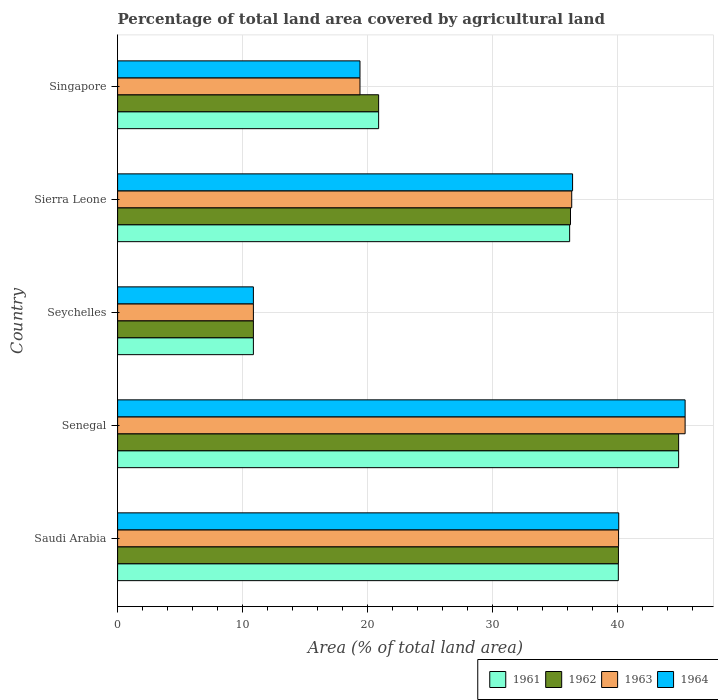
| Country | 1961 | 1962 | 1963 | 1964 |
 | --- | --- | --- | --- | --- |
 | Saudi Arabia | 40.1 | 40.1 | 40.1 | 40.1 |
 | Senegal | 44.9 | 44.9 | 45.4 | 45.4 |
 | Seychelles | 10.9 | 10.9 | 10.9 | 10.9 |
 | Sierra Leone | 36.2 | 36.3 | 36.4 | 36.4 |
 | Singapore | 20.9 | 20.9 | 19.4 | 19.4 |